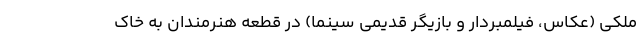
ملکی (عکاس، فیلمبردار و بازیگر قدیمی سینما) در قطعه هنرمندان به خاک